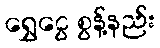
ရွှေငွေ စွန့်နည်း